Annual statistical returns and brief notes on vaccination in Bengal - 1887-1898
Year: 1887
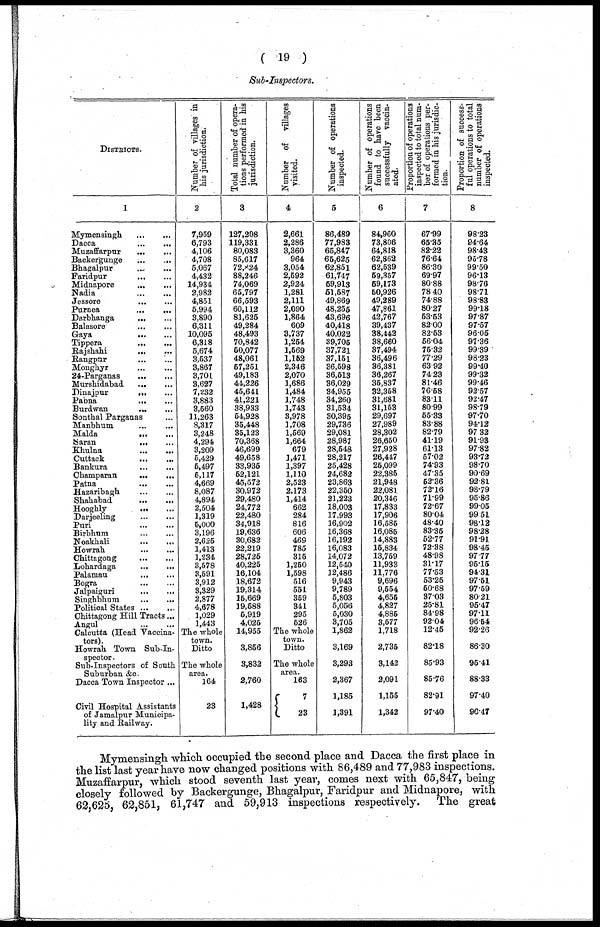
( 19 )
Sub-Inspectors.
DISTRICTS.
1
Mymensingh
...
...
Dacca
...
...
Muzaffarpur
...
...
Backergunge
...
...
Bhagalpur
...
...
Faridpur
...
...
Midnapore
...
...
Nadia
...
...
Jessore
...
...
Purnea
...
...
Darbhanga
...
...
Balasore
...
...
Gaya
...
...
Tippera
...
...
Rajshahi
...
...
Rangpur ... ...
Monghyr ... ...
24-Parganas
...
...
Murshidabad
... ...
Dinajpur
... ...
Pabna
... ...
Burdwan
...
...
Sonthal Parganas ...
Manbhum
...
...
Malda
...
...
Saran
...
...
Khulna
...
...
Cuttack
...
...
Bankura
...
...
Champaran
...
...
Patna
...
...
Hazaribagh
...
...
Shahabad
...
...
Hooghly ... ...
Darjeeling
...
...
Puri
...
...
Birbhum
...
...
Noakhali
...
...
Howrah
...
...
Chittagong
...
...
Lohardaga
...
...
Palamau
...
...
Bogra
...
...
Jalpaiguri
...
...
Singhbhum
...
...
Political States
...
...
Chittagong Hill Tracts...
Angul
...
...
Calcutta (Head Vaccina¬
tors).
Howrah Town Sub-In-
spector .
Sub-Inspectors of South
Suburban &c.
Dacca Town Inspector ...
Civil Hospital Assistants
of Jamalpur Municipa-
lity and Railway.
Number of villages in
his jurisdiction.
2
7,959
6,793
4,106
4,708
5,067
4,432
14,934
2,982
4,851
5,994
3,890
6,311
10,095
6,318
5,674
3,537
3,867
3,701
3,627
7,232
3,883
3,560
11,263
8,317
3,248
4,294
3,209
5,429
5,497
5,117
4,669
8,087
4,894
2,504
1,319
5,000
3,196
2,625
1,413
1,234
3,578
3,591
3,912
3,329
2,877
4,678
1,029
1,443
The whole
town.
Ditto
The whole
area.
164
23
Total number of opera-
tions performed in his
jurisdiction.
3
127,208
119,331
80,083
85,617
72,824
88,246
74,069
65,797
66,593
60,112
81,625
49,284
48,493
70,842
50,077
48,061
57,251
49,183
44,226
45,641
41,221
38,933
54,928
35,448
35,123
70,368
46,699
49,658
33,935
52,121
45,572
30,972
29,480
24,772
22,480
34,918
19,636
30,682
22,219
28,725
40,225
16,104
18,672
19,314
15,669
19,588
5,919
4,025
14,955
3,856
3,832
2,760
1,428
Number of villages
visited.
4
2,661
2,286
3,360
964
3,054
2,592
2,924
1,281
2,111
2,090
1,864
609
3,737
1,254
1,569
1,152
2,346
2,070
1,686
1,484
1,748
1,743
3,978
1,708
1,569
1,664
679
1,471
1,397
1,110
2,523
2,173
1,414
662
284
816
606
469
785
315
1,250
1,598
516
551
359
341
295
526
The whole
town.
Ditto
The whole
area.
163
7
23
Number of operations
inspected.
5
86,489
77,983
65,847
65,625
62,851
61,747
59,913
51,587
49,869
48,255
43,696
40,418
40,022
39,705
37,721
37,151
36,598
36,513
36,029
34,955
34,260
31,534
30,395
29,736
29,081
28,987
28,548
28,217
25,428
24,682
23,863
22,350
21,223
18,003
17,993
16,902
16,368
16,192
16,083
14,072
12,540
12,486
9,943
9,789
5,803
5,056
5,030
3,705
1,862
3,169
3,293
2,367
1,185
1,391
Number of operations
found to have been
successfully vaccin-
ated.
6
84,960
73,806
64,818
62,862
62,539
59,357
59,173
50,926
49,289
47,861
42,767
39,437
38,442
38,660
37,494
36,496
36,381
36,267
35,837
32,358
31,681
31,153
29,697
27,989
28,302
26,650
27,928
26,447
25,099
22,385
21,948
22,081
20,346
17,833
17,906
16,585
16,085
14,883
15,834
13,759
11,933
11,776
9,696
9,554
4,655
4,827
4,885
3,577
1,718
2,735
3,142
2,091
1,155
1,342
Proportion of operations
inspected to total num-
ber of operations per-
formed in his jurisdic-
tion.
7
67.99
65.35
82.22
76.64
86.30
69.97
80.88
78.40
74.88
80.27
53.53
82.00
82.53
56.04
75.32
77.29
63.92
74.23
81.46
76.58
83.11
80.99
55.33
83.88
82.79
41.19
61.13
57.02
74.93
47.35
52.36
72.16
71.99
72.67
80.04
48.40
83.35
52.77
72.38
48.98
31.17
77.53
53.25
50.68
37.03
25.81
84.98
92.04
12.45
82.18
85.93
85.76
82.91
97.40
Proportion of success-
ful operations to total
number of operations
inspected.
8
98.23
94.64
98.43
95.78
99.50
96.13
98.76
98.71
98.83
99.18
97.87
97.57
96.05
97.36
99.39
98.23
99.40
99.32
99.46
92.57
92.47
98.79
97.70
94.12
97.32
91.93
97.82
93.72
98.70
90.69
92.81
98.79
95.86
99.05
99.51
98.12
98.28
91.91
98.45
97.77
95.15
94.31
97.51
97.59
80.21
95.47
97.11
96.54
92.26
86.30
95.41
88.33
97.40
90.47
Mymensingh which occupied the second place and Dacca the first place in
the list last year have now changed positions with 86,489 and 77,983 inspections.
Muzaffarpur, which stood seventh last year, comes next with 65,847, being
closely followed by Backergunge, Bhagalpur, Faridpur and Midnapore, with
62,625, 62,851, 61,747 and 59,913 inspections respectively. The great